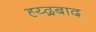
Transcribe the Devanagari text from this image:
ह्य्द्रबाद